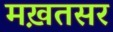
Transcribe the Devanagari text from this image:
मख़तसर